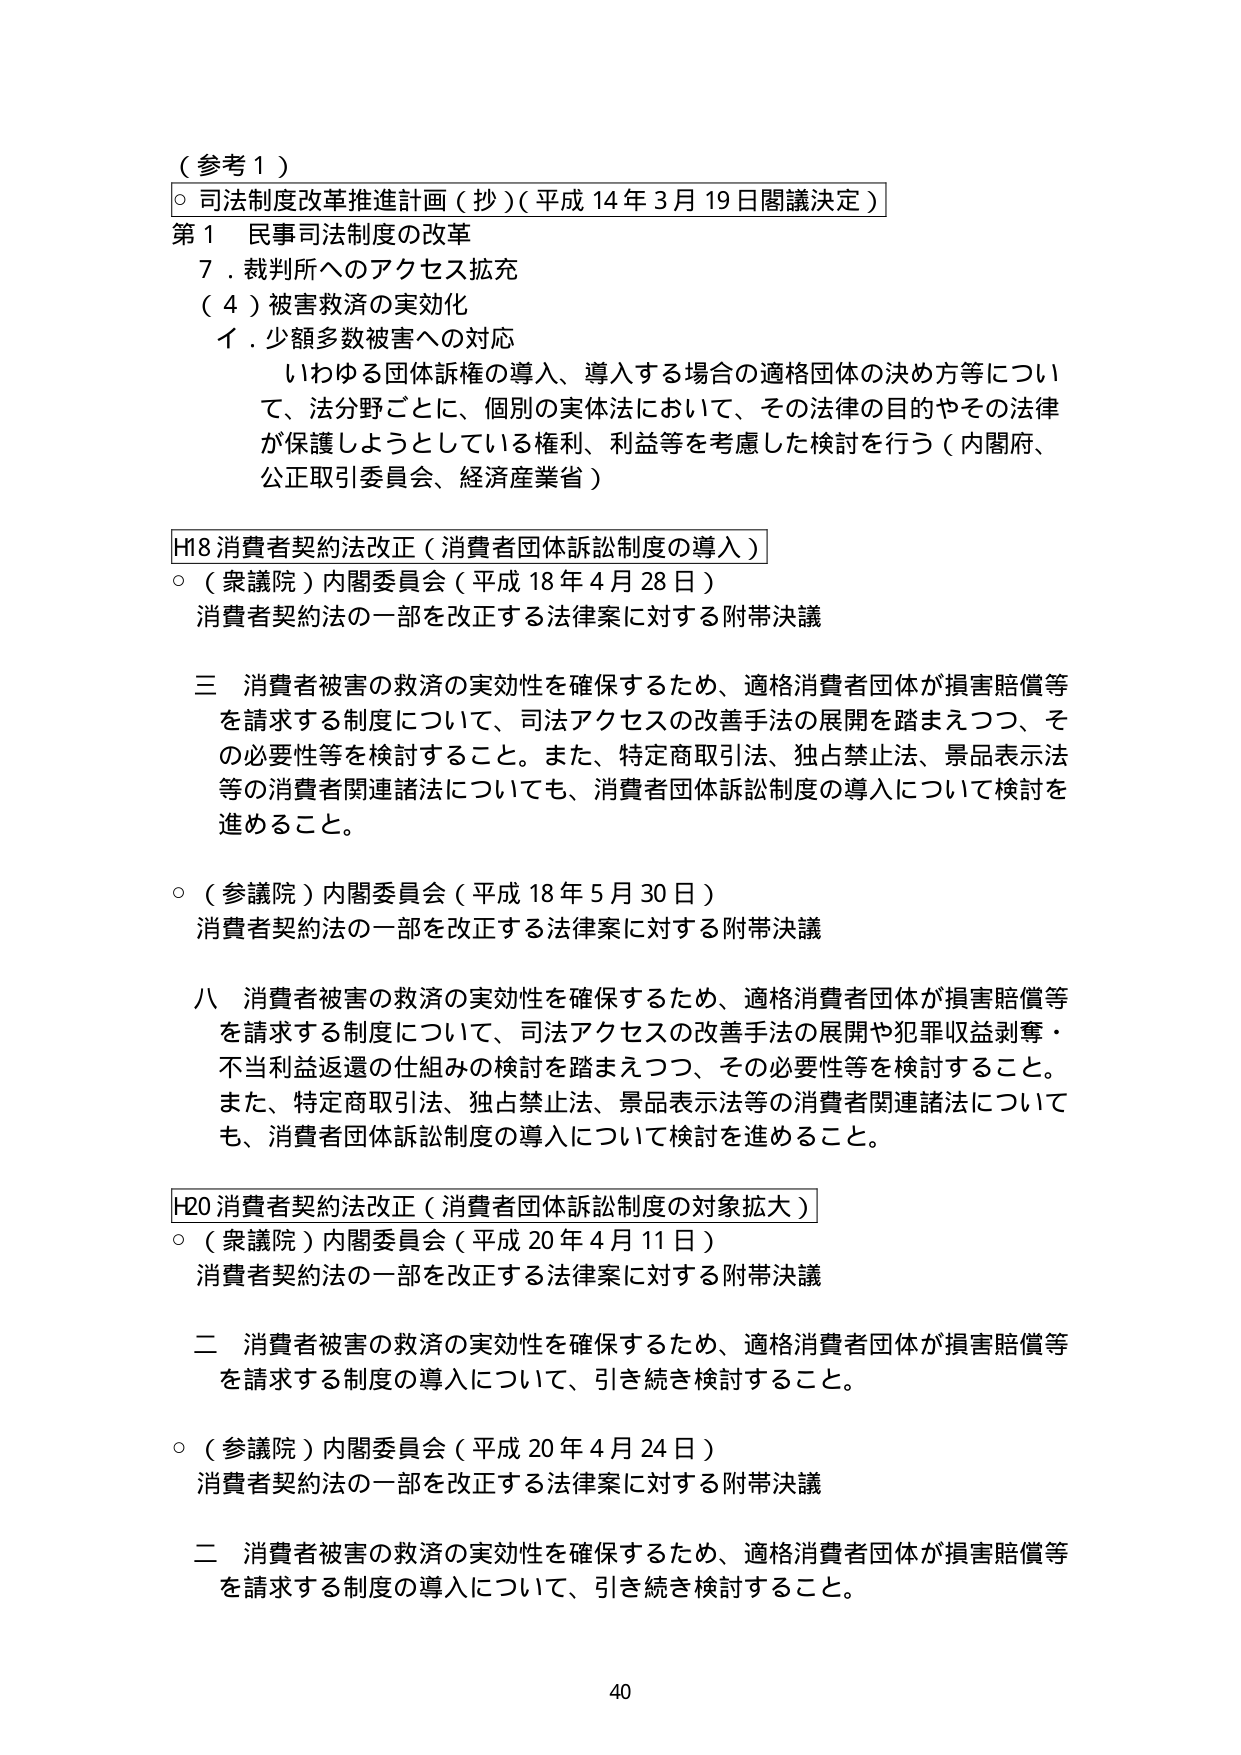
（参考１）

○ 司法制度改革推進計画（抄）（平成14年3月19日閣議決定）

第１ 民事司法制度の改革
７．裁判所へのアクセス拡充
（４）被害救済の実効化
　イ．少額多数被害への対応
　　いわゆる団体訴権の導入、導入する場合の適格団体の決め方等について、法分野ごとに、個別の実体法において、その法律の目的やその法律が保護しようとしている権利、利益等を考慮した検討を行う（内閣府、公正取引委員会、経済産業省）

H18 消費者契約法改正（消費者団体訴訟制度の導入）
○（衆議院）内閣委員会（平成18年4月28日）
　消費者契約法の一部を改正する法律案に対する附帯決議

　三 消費者被害の救済の実効性を確保するため、適格消費者団体が損害賠償等を請求する制度について、司法アクセスの改善手法の展開を踏まえつつ、その必要性等を検討すること。また、特定商取引法、独占禁止法、景品表示法等の消費者関連諸法についても、消費者団体訴訟制度の導入について検討を進めること。

○（参議院）内閣委員会（平成18年5月30日）
　消費者契約法の一部を改正する法律案に対する附帯決議

　八 消費者被害の救済の実効性を確保するため、適格消費者団体が損害賠償等を請求する制度について、司法アクセスの改善手法の展開や犯罪収益剥奪・不当利益返還の仕組みの検討を踏まえつつ、その必要性等を検討すること。また、特定商取引法、独占禁止法、景品表示法等の消費者関連諸法についても、消費者団体訴訟制度の導入について検討を進めること。

H20 消費者契約法改正（消費者団体訴訟制度の対象拡大）
○（衆議院）内閣委員会（平成20年4月11日）
　消費者契約法の一部を改正する法律案に対する附帯決議

　二 消費者被害の救済の実効性を確保するため、適格消費者団体が損害賠償等を請求する制度の導入について、引き続き検討すること。

○（参議院）内閣委員会（平成20年4月24日）
　消費者契約法の一部を改正する法律案に対する附帯決議

　二 消費者被害の救済の実効性を確保するため、適格消費者団体が損害賠償等を請求する制度の導入について、引き続き検討すること。

40